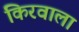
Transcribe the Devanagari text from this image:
किरवाला